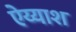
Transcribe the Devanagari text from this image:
ऐय्याश